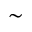
\sim